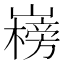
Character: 𡽲